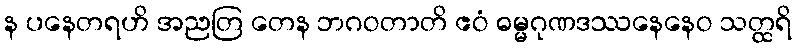
န ပနေတရဟိ အညတြ တေန ဘဂဝတာတိ ဧဝံ ဓမ္မဂုဏဒဿနေနေဝ သတ္ထရိ